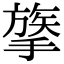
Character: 𢳈